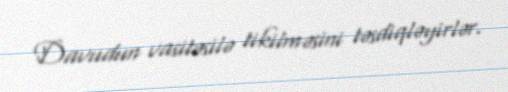
Davudun vasitəsilə tikilməsini təsdiqləyirlər.